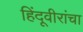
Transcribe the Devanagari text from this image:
हिंदूवीरांचा